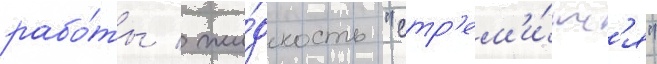
рабо́ты / жи́дкость "стр'ем'и́тс'я"